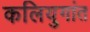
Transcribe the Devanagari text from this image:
कलियुगांत